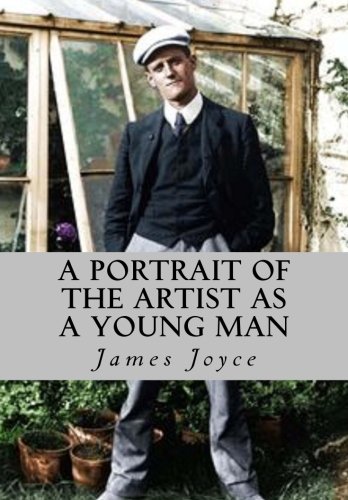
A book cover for A Portrait of the Artist As a Young Man; James Joyce; Literature & Fiction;